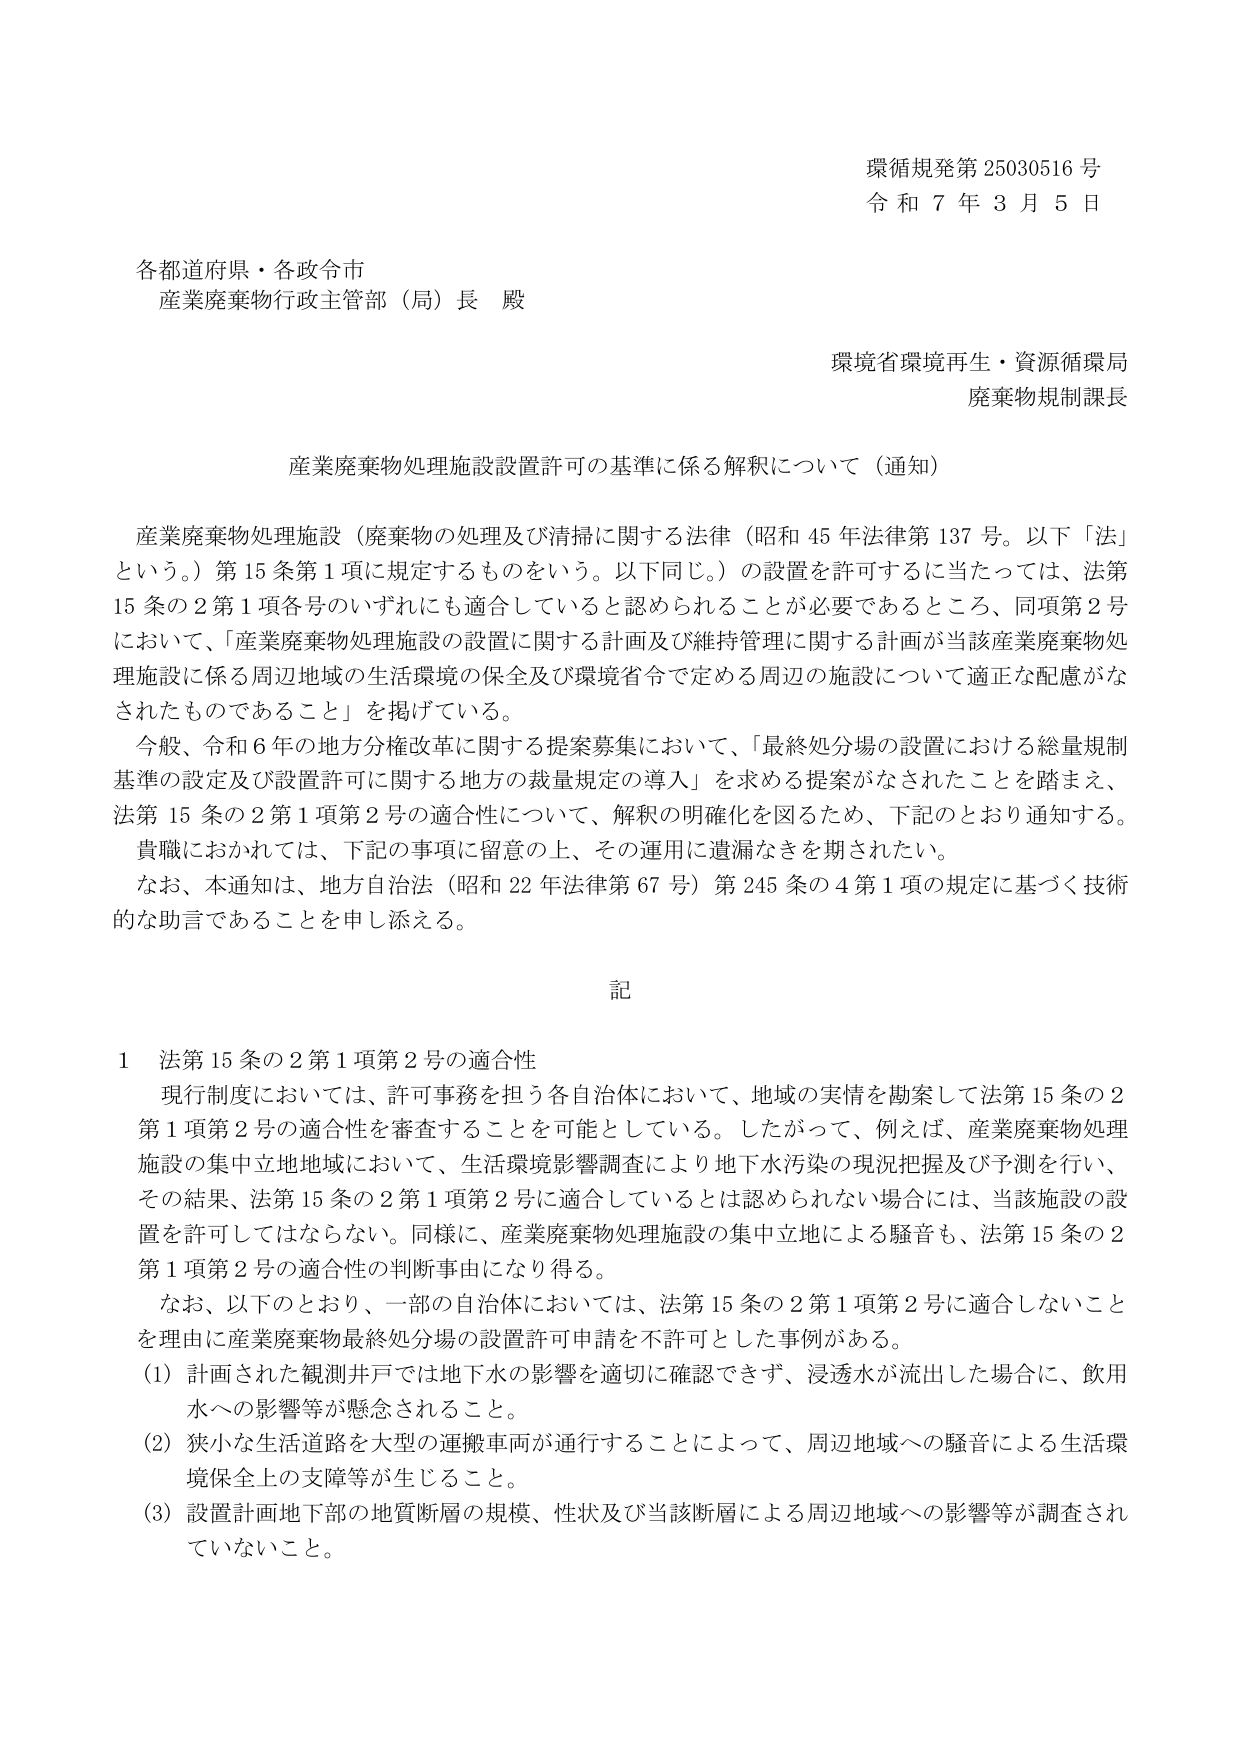
環循規発第 25030516 号
令和 7 年 3 月 5 日

各都道府県・各政令市
産業廃棄物行政主管部（局）長 殿

環境省環境再生・資源循環局
廃棄物規制課長

産業廃棄物処理施設設置許可の基準に係る解釈について（通知）

産業廃棄物処理施設（廃棄物の処理及び清掃に関する法律（昭和 45 年法律第 137 号。以下「法」という。）第 15 条第 1 項に規定するものをいう。以下同じ。）の設置を許可するに当たっては、法第 15 条の 2 第 1 項各号のいずれにも適合していると認められることが必要であるところ、同項第 2 号において、「産業廃棄物処理施設の設置に関する計画及び維持管理に関する計画が当該産業廃棄物処理施設に係る周辺地域の生活環境の保全及び環境省令で定める周辺の施設について適正な配慮がなされたものであること」を掲げている。

今般、令和 6 年の地方分権改革に関する提案募集において、「最終処分場の設置における総量規制基準の設定及び設置許可に関する地方の裁量規定の導入」を求める提案がなされたことを踏まえ、法第 15 条の 2 第 1 項第 2 号の適合性について、解釈の明確化を図るため、下記のとおり通知する。

貴職におかれては、下記の事項に留意の上、その運用に遺漏なきを期されたい。

なお、本通知は、地方自治法（昭和 22 年法律第 67 号）第 245 条の 4 第 1 項の規定に基づく技術的な助言であることを申し添える。

記

1 法第 15 条の 2 第 1 項第 2 号の適合性

現行制度においては、許可事務を担う各自治体において、地域の実情を勘案して法第 15 条の 2 第 1 項第 2 号の適合性を審査することを可能としている。したがって、例えば、産業廃棄物処理施設の集中立地地域において、生活環境影響調査により地下水汚染の現況把握及び予測を行い、その結果、法第 15 条の 2 第 1 項第 2 号に適合しているとは認められない場合には、当該施設の設置を許可してはならない。同様に、産業廃棄物処理施設の集中立地による騒音も、法第 15 条の 2 第 1 項第 2 号の適合性の判断事由になり得る。

なお、以下のとおり、一部の自治体においては、法第 15 条の 2 第 1 項第 2 号に適合しないことを理由に産業廃棄物最終処分場の設置許可申請を不許可とした事例がある。

(1) 計画された観測井戸では地下水の影響を適切に確認できず、浸透水が流出した場合に、飲用水への影響等が懸念されること。

(2) 狭小な生活道路を大型の運搬車両が通行することによって、周辺地域への騒音による生活環境保全上の支障等が生じること。

(3) 設置計画地下部の地質断層の規模、性状及び当該断層による周辺地域への影響等が調査されていないこと。